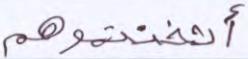
أثخنتموهم